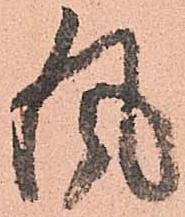
風